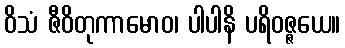
ဝိသံ ဇီဝိတုကာမောဝ၊ ပါပါနိ ပရိဝဇ္ဇယေ။